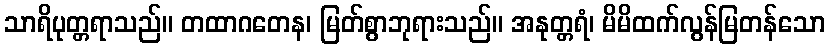
သာရိပုတ္တရာသည်။ တထာဂတေန၊ မြတ်စွာဘုရားသည်။ အနုတ္တရံ၊ မိမိထက်လွန်မြတန်သော